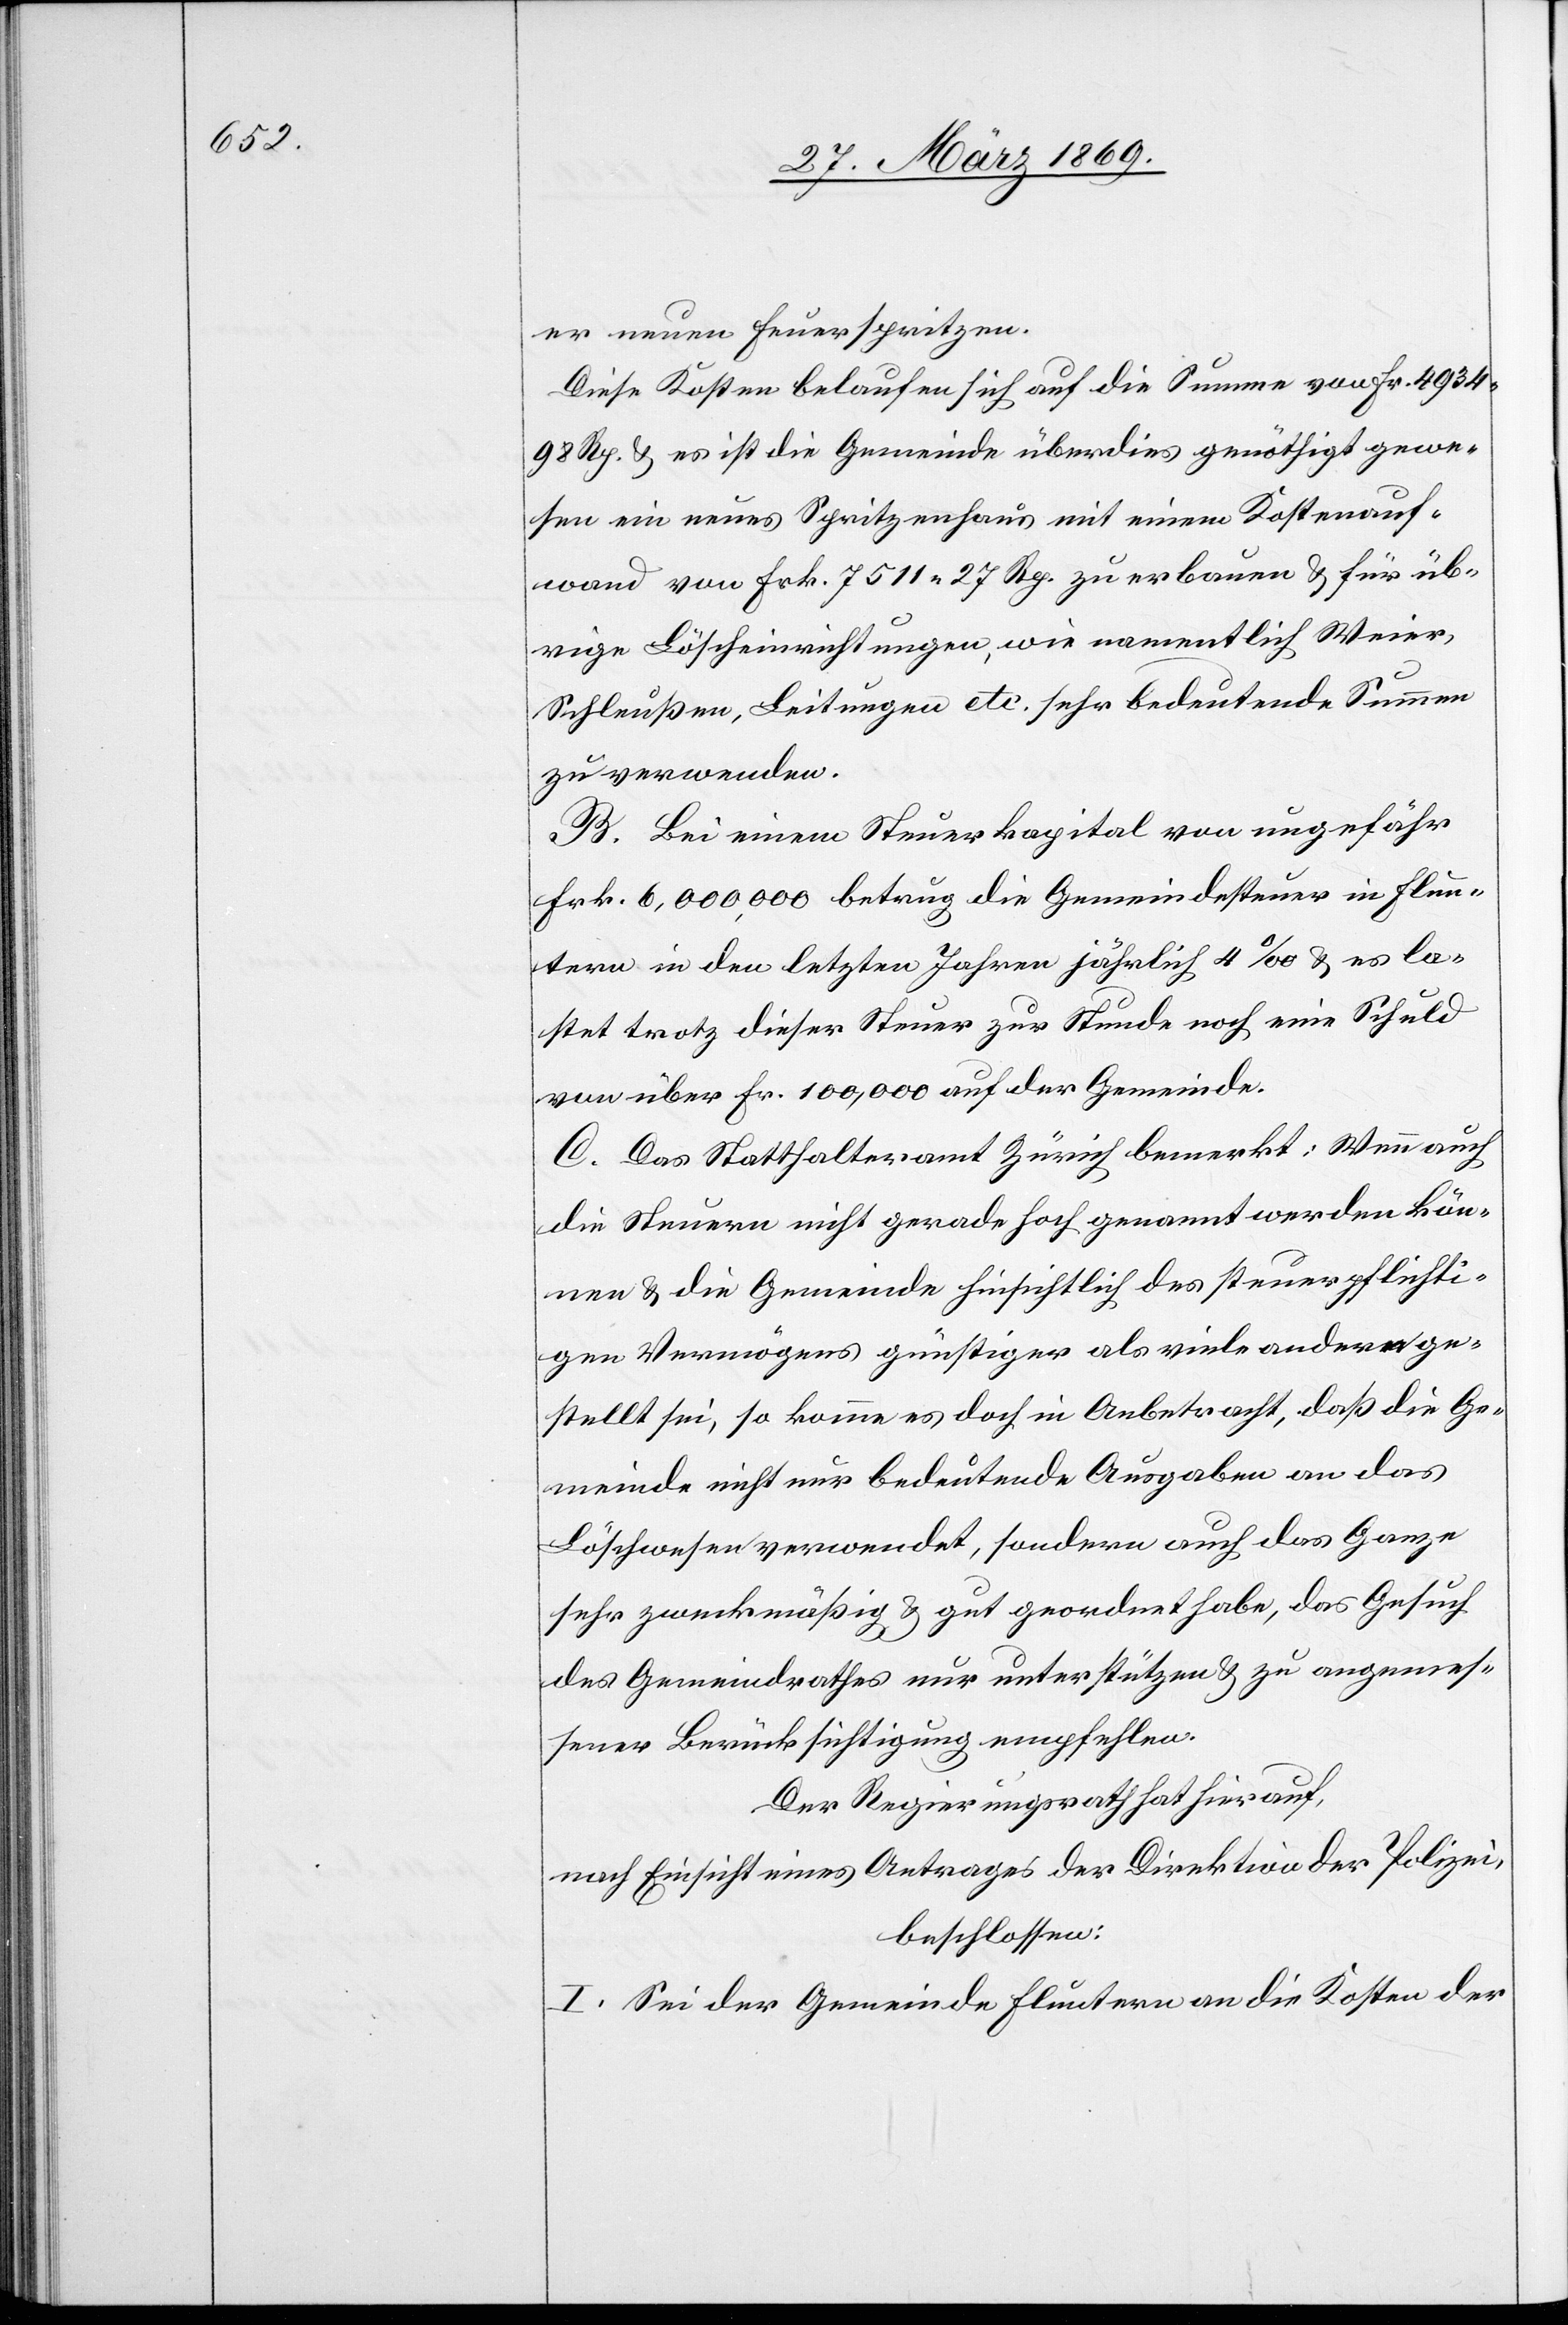
er neuen Feuerspritzen.
Diese Kosten belaufen sich auf die Summe von Fr. 4934.98
Rp. u. es ist die Gemeinde überdies genöthigt gewe¬
sen ein neues Spritzenhaus mit einem Kostenauf¬
wand von Frk. 7511 27 Rp. zu erbauen u. für üb¬
rige Löscheinrichtungen, wie namentlich Weier,
Schleußen, Leitungen etc. sehr bedeutende Summen
zu verwenden.
B. Bei einem Steuerkapital von ungefähr
Frk. 6,000,000 betrug die Gemeindesteuer in Flun¬
tern in den letzten Jahren jährlich 4‰ u. es la¬
stet trotz dieser Steuer zur Stunde noch eine Schuld
von über Fr. 100,000 auf der Gemeinde.
C. Das Statthalteramt Zürich bemerkt: Wenn auch
die Steuern nicht gerade hoch genannt werden kön¬
nen u. die Gemeinde hinsichtlich des steuerpflichti¬
gen Vermögens günstiger als viele andern ge¬
stellt sei, so komme es doch in Anbetracht, daß die Ge¬
meinde nicht nur bedeutende Ausgaben an das
Löschwesen verwendet, sondern auch das Ganze
sehr zweckmäßig u. gut geordnet habe, das Gesuch
des Gemeindrathes nur unterstützen u. zu angemes¬
sener Berücksichtigung empfehlen.
Der Regierungsrath hat hierauf,
nach Einsicht eines Antrages der Direktion der Polizei,
beschlossen:
I. Sei der Gemeinde Fluntern an die Kosten der